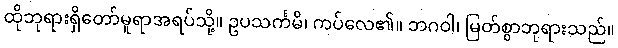
ထိုဘုရားရှိတော်မူရာအရပ်သို့။ ဥပသင်္ကမိ၊ ကပ်လေ၏။ ဘဂဝါ၊ မြတ်စွာဘုရားသည်။